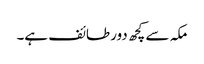
مکہ سے کچھ دور طائف ہے۔